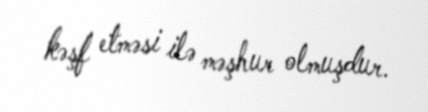
kəşf etməsi ilə məşhur olmuşdur.